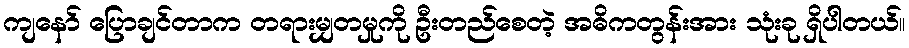
ကျနော် ပြောချင်တာက တရားမျှတမှုကို ဦးတည်စေတဲ့ အဓိကတွန်းအား သုံးခု ရှိပါတယ်။